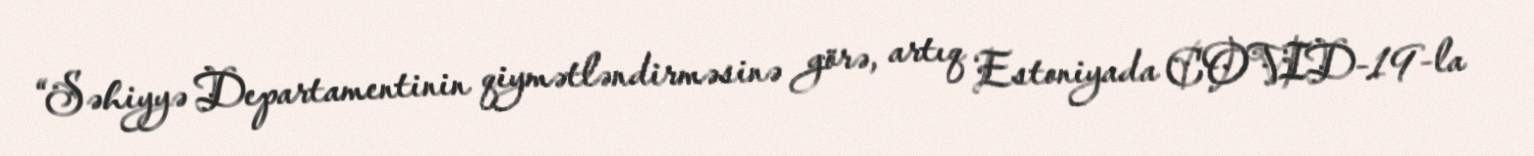
“Səhiyyə Departamentinin qiymətləndirməsinə görə, artıq Estoniyada COVID-19-la